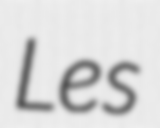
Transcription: Les